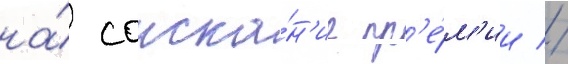
на́ соиска́н'ие пр'е́м'ии //